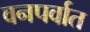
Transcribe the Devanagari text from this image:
वनपर्वात